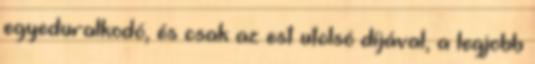
egyeduralkodó, és csak az est utolsó díjával, a legjobb